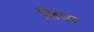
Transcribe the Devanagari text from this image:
तिडा